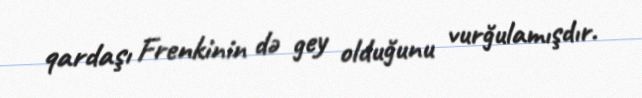
qardaşı Frenkinin də gey olduğunu vurğulamışdır.